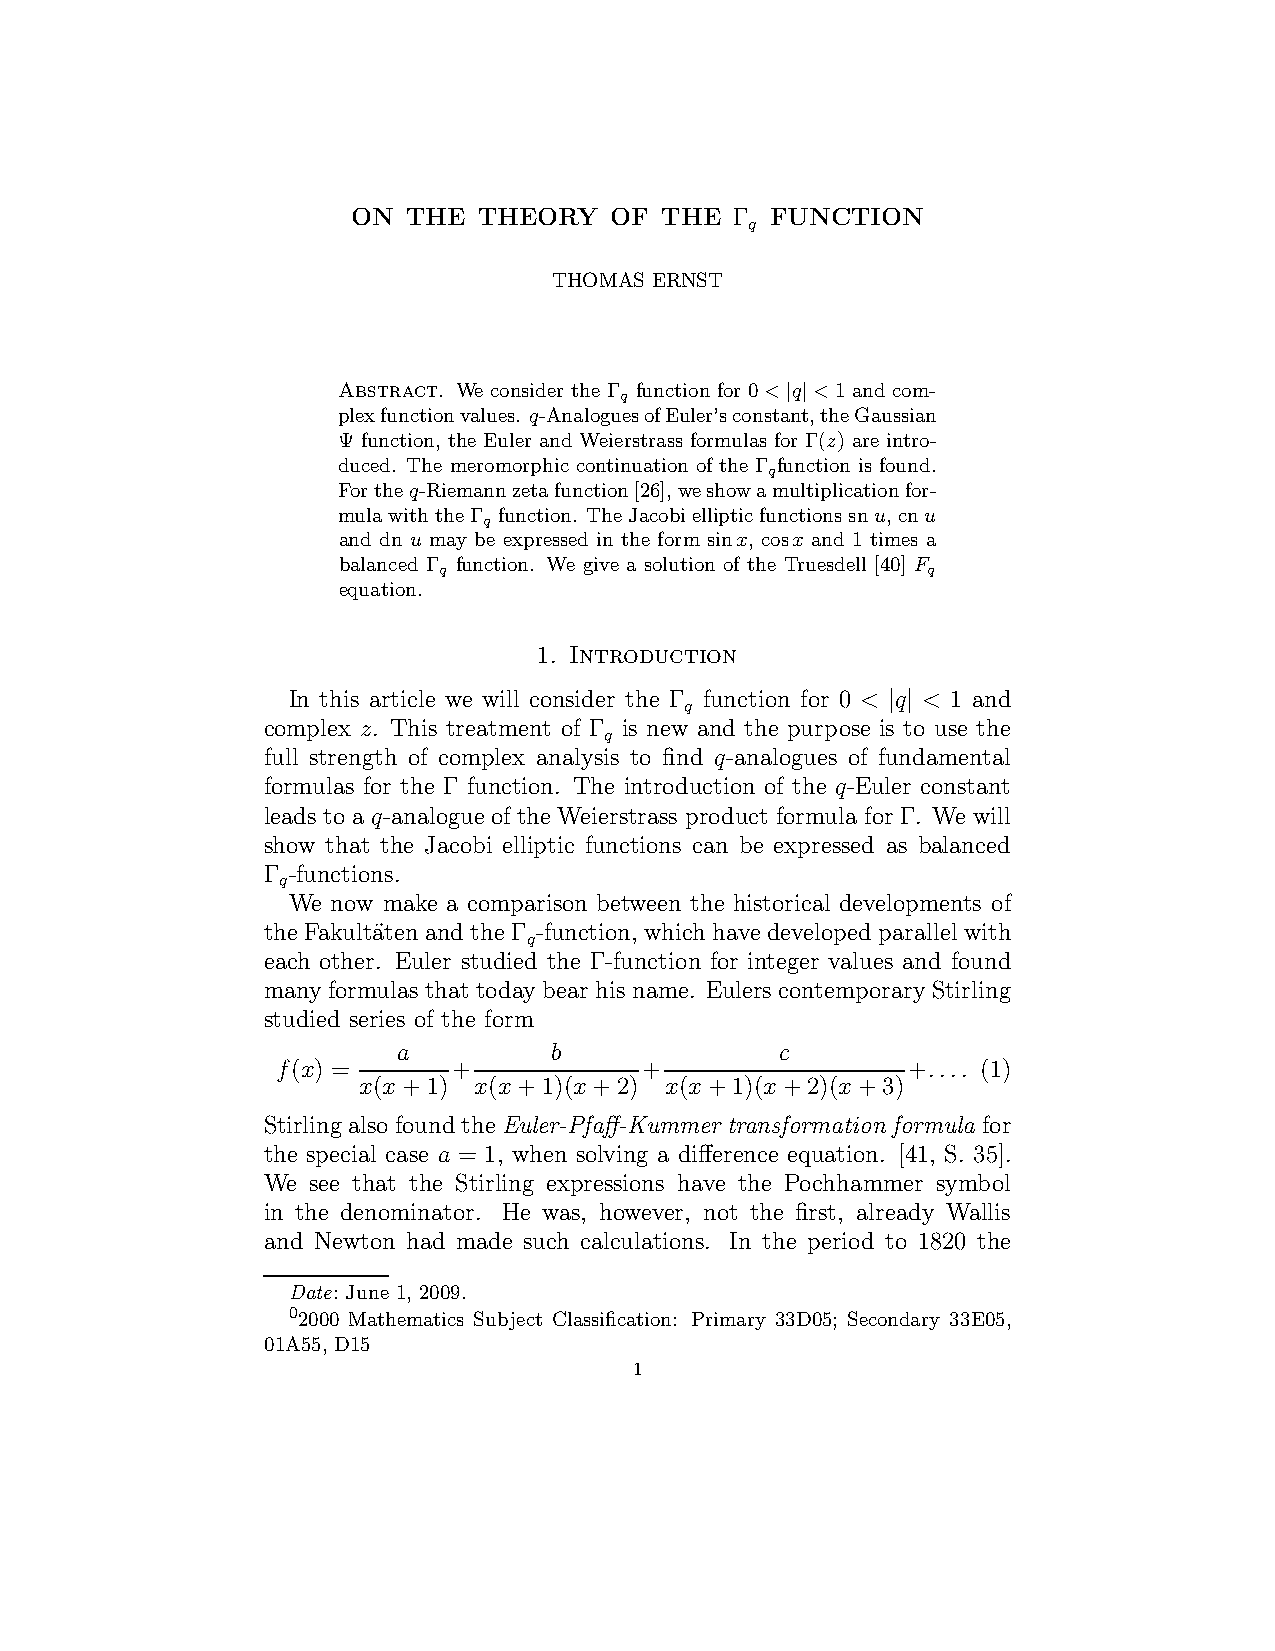
ON  THE  THEORY  OF  THE  Γ FUNCTION
 q
 THOMAS ERNST
 Abstract. We consider the Γ function for 0< q <1 and com-
 q
 | |
 plexfunctionvalues. q-AnaloguesofEuler’sconstant,theGaussian
 Ψ function, the Euler and Weierstrass formulas for Γ(z) are intro-
 duced. The meromorphic continuation of the Γ function is found.
 q
 Fortheq-Riemannzetafunction[26],weshowamultiplicationfor-
 mulawiththeΓ function. TheJacobiellipticfunctionssnu,cnu
 q
 and dn u may be expressed in the form sinx, cosx and 1 times a
 balanced Γ function. We give a solution of the Truesdell [40] F
 q                               q
 equation.
 1. Introduction
 In this article we will consider the Γ function for 0 < q < 1 and
 q
 | |
 complex z. This treatment of Γ is new and the purpose is to use the
 q
 full strength of complex analysis to find q-analogues of fundamental
 formulas for the Γ function. The introduction of the q-Euler constant
 leads to a q-analogue of the Weierstrass product formula for Γ. We will
 show that the Jacobi elliptic functions can be expressed as balanced
 Γ -functions.
 q
 We now make a comparison between the historical developments of
 the Fakult¨atenand the Γ -function, which have developed parallel with
 q
 each other. Euler studied the Γ-function for integer values and found
 many formulasthat todaybear his name. Eulers contemporaryStirling
 studied series of the form
 a         b               c
 f(x) =      +            +                +.... (1)
 x(x+1) x(x+1)(x+2)  x(x+1)(x+2)(x+3)
 Stirlingalso foundtheEuler-Pfaff-Kummer transformation formula for
 the special case a = 1, when solving a difference equation. [41, S. 35].
 We  see that the Stirling expressions have the Pochhammer symbol
 in the denominator. He was, however, not the first, already Wallis
 and Newton had made such calculations. In the period to 1820 the
 Date: June 1, 2009.
 02000 Mathematics Subject Classification: Primary 33D05; Secondary 33E05,
 01A55, D15
 1